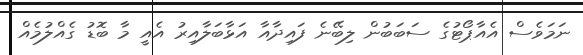
ނަމަވެސް އެއާޕޯޓުގެ ސަބަބުން ލިބޭނެ ފައިދާއާ އަޅާބަލާއިރު އެއީ މާ ބޮޑު ގެއްލުމެއް